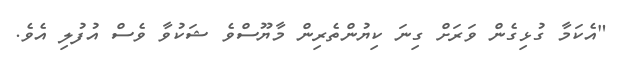
"އެކަމާ ގުޅިގެން ވަރަށް ގިނަ ކިޔުންތެރިން މާޔޫސްވެ ޝަކުވާ ވެސް އުފުލި އެވެ.